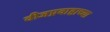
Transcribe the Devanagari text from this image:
वीजप्रवाहाच्या